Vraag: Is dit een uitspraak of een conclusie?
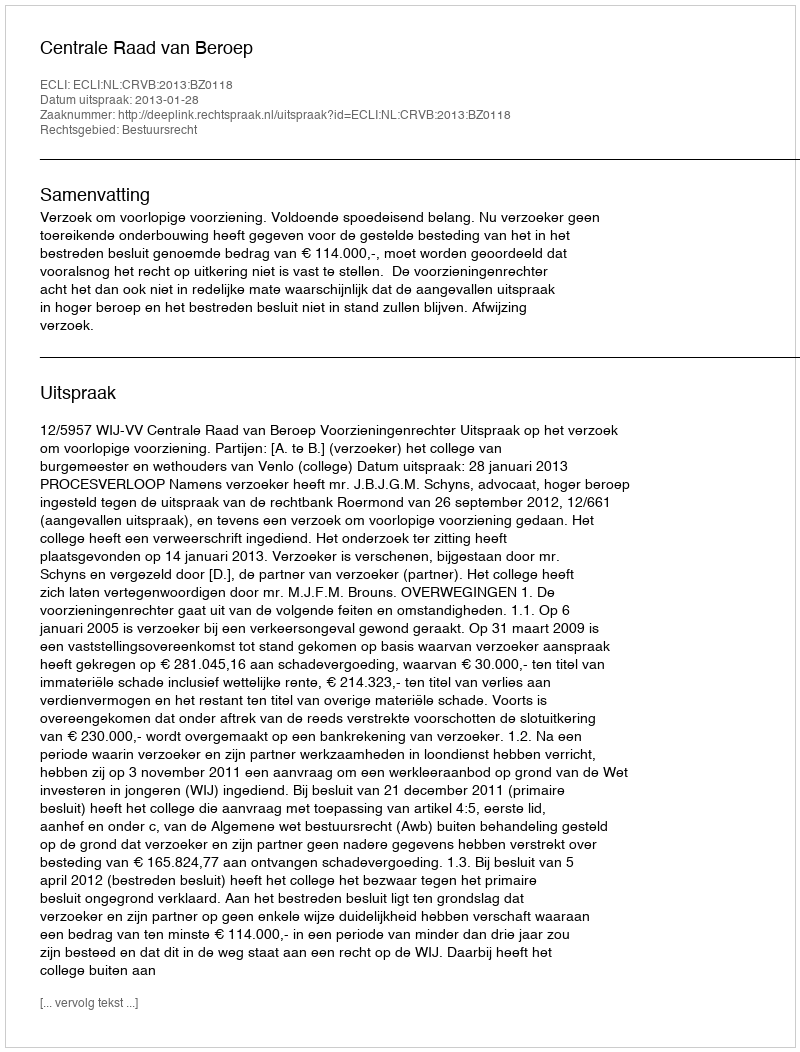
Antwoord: Uitspraak